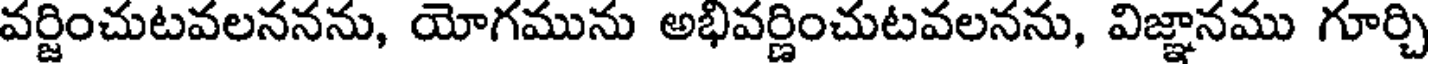
వర్జించుటవలననను, యోగమును అభివర్ణించుటవలనను, విజ్ఞానము గూర్చి